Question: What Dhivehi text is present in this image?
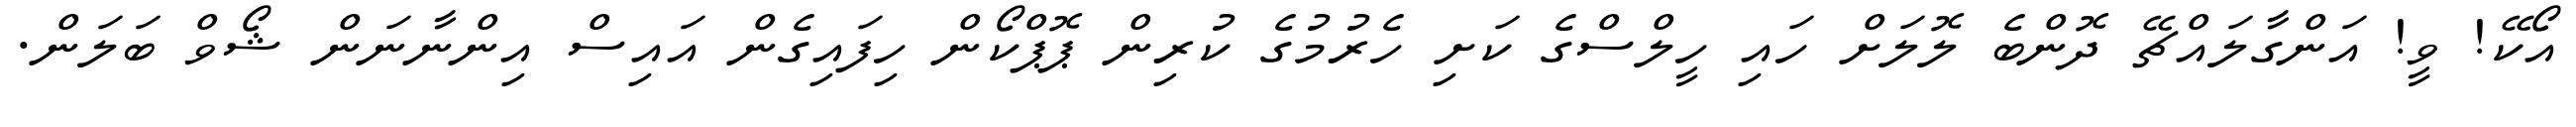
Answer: އޯކޭ! ވީ! އަންގާލައްޗޭ ދޮންބެ ލޮލަށް ހައި ހީލްސްގެ ކަށި ހެރުމުގެ ކުރިން ޕޮޕްކޯން ހިފައިގެން އައިސް އިންނާނަން ޝޯވް ބަލަން.